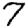
Digit: 7